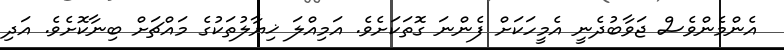
އެންމެންވެސް ޖަވާބުދެނީ އެމީހަކަށް ފެންނަ ގޮތަކަށެވެ. އަމިއްލަ ޚިޔާލުތަކުގެ މައްޗަށް ބިނާކޮށެވެ. އަދި